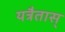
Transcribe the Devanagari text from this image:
यत्रैतास्‌